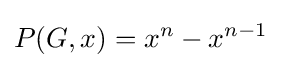
P(G,x)=x^{n}-x^{n-1}